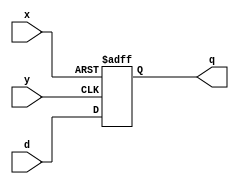
module which_clock (x,y,q,d);
input x,y,d;
output q;
reg q;

always @ (posedge x or posedge y)
   if (x) 
     q <= 1'b0;
   else
     q <= d;

endmodule